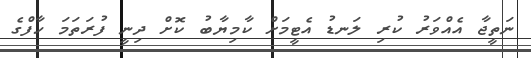
ނަތީޖާ އެއްވަރު ކުރި ލަނޑު އެޓީމަށް ކާމިޔާބު ކޮށް ދިނީ ފުރަތަމަ ހާފްގެ